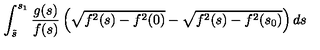
\int _ { \tilde { s } } ^ { s _ { 1 } } \frac { g ( s ) } { f ( s ) } \left( \sqrt { f ^ { 2 } ( s ) - f ^ { 2 } ( 0 ) } - \sqrt { f ^ { 2 } ( s ) - f ^ { 2 } ( s _ { 0 } ) } \right) d s